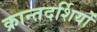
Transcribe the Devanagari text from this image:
क्रान्तदर्शियों